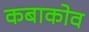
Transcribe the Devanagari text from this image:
कबाकोव